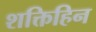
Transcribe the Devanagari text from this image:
शक्तिहिन